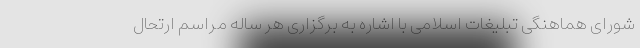
شورای هماهنگی تبلیغات اسلامی با اشاره به برگزاری هر ساله مراسم ارتحال